Document type: Sale
Year: 1435
Scribe: Pere Soler
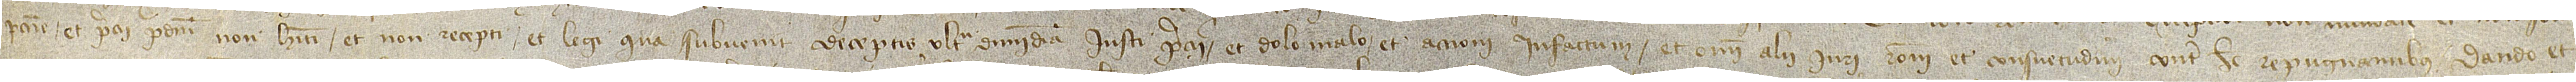
peccunie, et precii predicti non habiti et non recepti, et legi qua subvenit deceptis ultra dimidiam iusti precii, et dolo malo et accioni infactum, et omni alii iuri, rationi et consuetudini contra hec repugnantibus, dando et